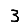
Digit: 3